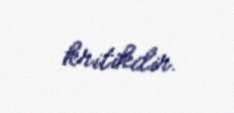
kritikdir.